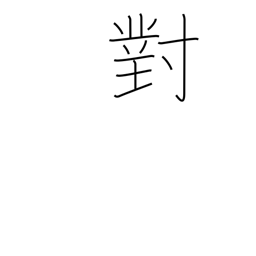
Meaning: facing